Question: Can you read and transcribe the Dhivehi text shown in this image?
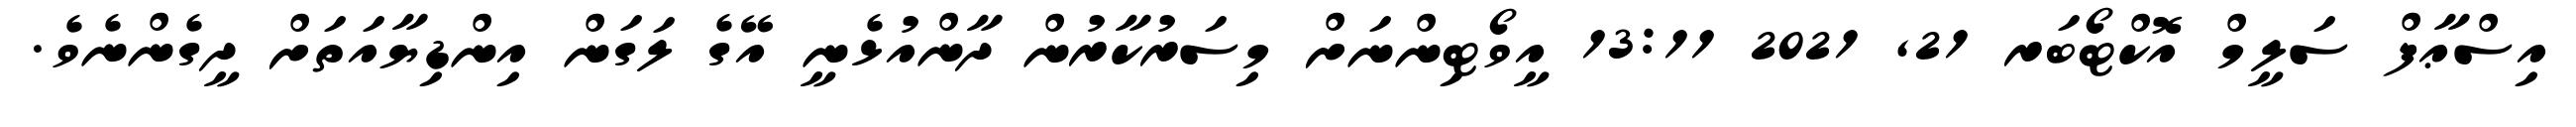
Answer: އިސްޢާފް ސަލީމް އޮކްޓޯބަރ 21, 2021 13:11 އީވޯޓިންނަށް މިސަރުކާރުން ދާންއުޅެނީ އޭގެ ލަގަން އިންޑިޔާއަތަށް ދީގެންނެވެ.